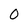
Character: 0